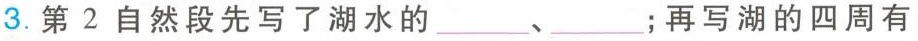
3.第2自然段先写了湖水的___、___；再写湖的四周有